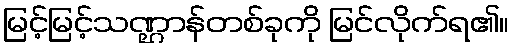
မြင့်မြင့်သဏ္ဌာန်တစ်ခုကို မြင်လိုက်ရ၏။